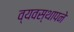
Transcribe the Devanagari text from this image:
व्यवस्थापने